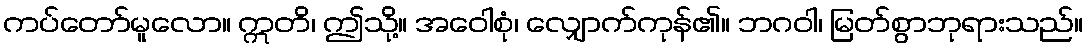
ကပ်တော်မူလော။ ဣတိ၊ ဤသို့။ အဝေါစုံ၊ လျှောက်ကုန်၏။ ဘဂဝါ၊ မြတ်စွာဘုရားသည်။